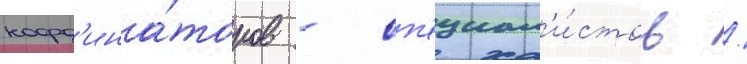
коорд'ина́торов - сп'ециал'и́стов /